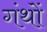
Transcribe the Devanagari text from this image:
गंथों